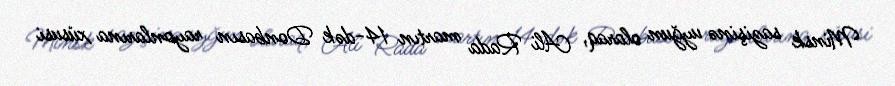
Minsk sazişinə uyğun olaraq, Ali Rada martın 14-dək Donbasın rayonlarına xüsusi